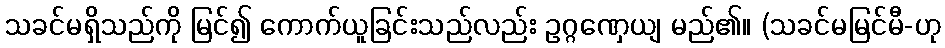
သခင်မရှိသည်ကို မြင်၍ ကောက်ယူခြင်းသည်လည်း ဥဂ္ဂဏှေယျ မည်၏။ (သခင်မမြင်မီ-ဟု